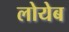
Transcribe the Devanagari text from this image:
लोयेब